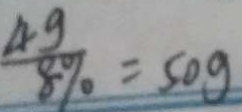
\frac { 4 g } { 8 \% } = 5 0 g